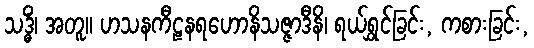
သဒ္ဓိံ၊ အတူ။ ဟသနကီဠနရဟောနိသဇ္ဇာဒီနိ၊ ရယ်ရွှင်ခြင်း, ကစားခြင်း,